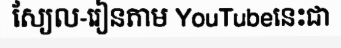
ស្យែល-រៀនតាម YouTubeនេះជា